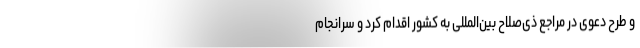
و طرح دعوی در مراجع ذی‌صلاح بین‌المللی به کشور اقدام کرد و سرانجام